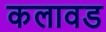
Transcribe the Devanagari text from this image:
कलावड